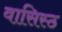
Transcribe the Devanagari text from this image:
वासिस्ठ